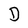
Character: D